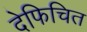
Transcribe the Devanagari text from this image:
देफिचित